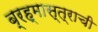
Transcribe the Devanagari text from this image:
ब्रह्मास्त्राची